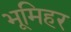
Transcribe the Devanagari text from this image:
भूमिहर